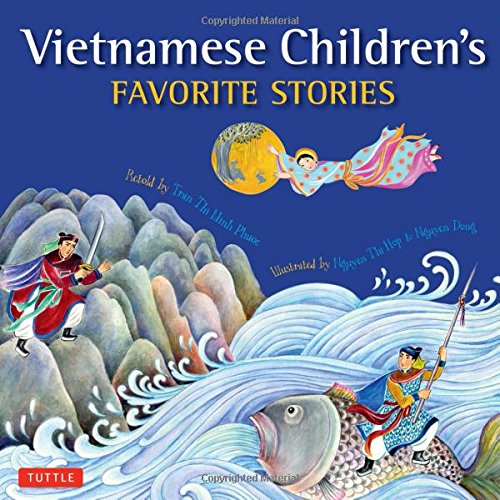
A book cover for Vietnamese Children's Favorite Stories; Phuoc Thi Minh Tran; Children's Books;